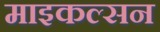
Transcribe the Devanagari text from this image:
माइकल्सन